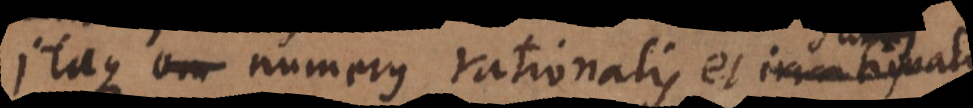
Itaque numerus rationalis et irrationalis